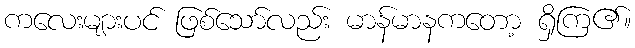
ကလေးများပင် ဖြစ်သော်လည်း မာန်မာနကတော့ ရှိကြ၏။